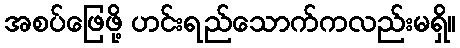
အစပ်ဖြေဖို့ ဟင်းရည်သောက်ကလည်းမရှိ။